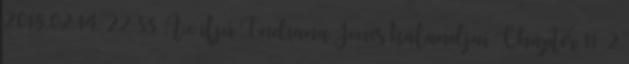
2018.02.14. 22:33 Az ifjú Indiana Jones kalandjai Chapter 11 2